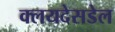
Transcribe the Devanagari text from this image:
क्लयदेसडेल